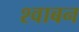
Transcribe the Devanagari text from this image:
श्वाबन